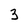
Character: 3